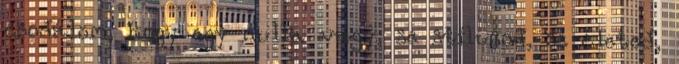
csodálom, hogy egy nulla vagy, se stílusod, se életed,